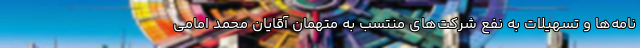
نامه‌ها و تسهیلات به نفع شرکت‌های منتسب به متهمان آقایان محمد امامی